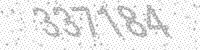
Solution: 337184